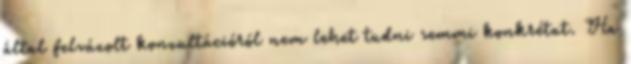
által felvázolt konzultációról nem lehet tudni semmi konkrétat. Ha